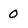
Character: 0